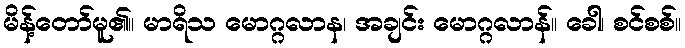
မိန့်တော်မူ၏။ မာရိသ မောဂ္ဂလာန၊ အချင်း မောဂ္ဂလာန်။ ခေါ၊ စင်စစ်။